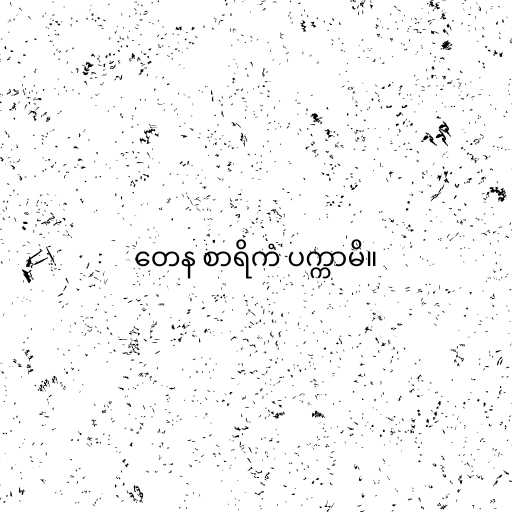
တေန စာရိကံ ပက္ကာမိ။